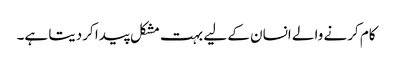
کام کرنے والے انسان کے لیے بہت مشکل پیدا کردیتا ہے۔